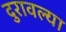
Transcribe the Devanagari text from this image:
दुरावल्या